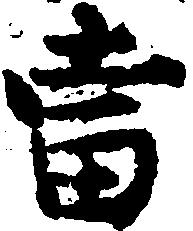
当